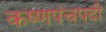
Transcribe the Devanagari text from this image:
कष्णपंचपदी